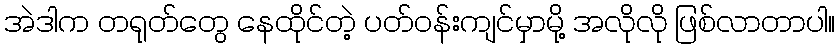
အဲဒါက တရုတ်တွေ နေထိုင်တဲ့ ပတ်ဝန်းကျင်မှာမို့ အလိုလို ဖြစ်လာတာပါ။